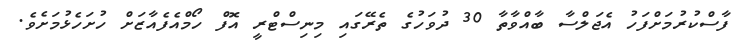
ފާސްކުރުމަށްފަހު އެޖަލްސާ ބާއްވާތާ 30 ދުވަހުގެ ތެރޭގައި މިނިސްޓްރީ އޮފް ހޯމްއެފެއާޒަށް ހުށަހެޅުމަށެވެ.